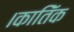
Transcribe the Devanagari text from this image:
।कातिॅक